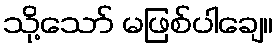
သို့သော် မဖြစ်ပါချေ။